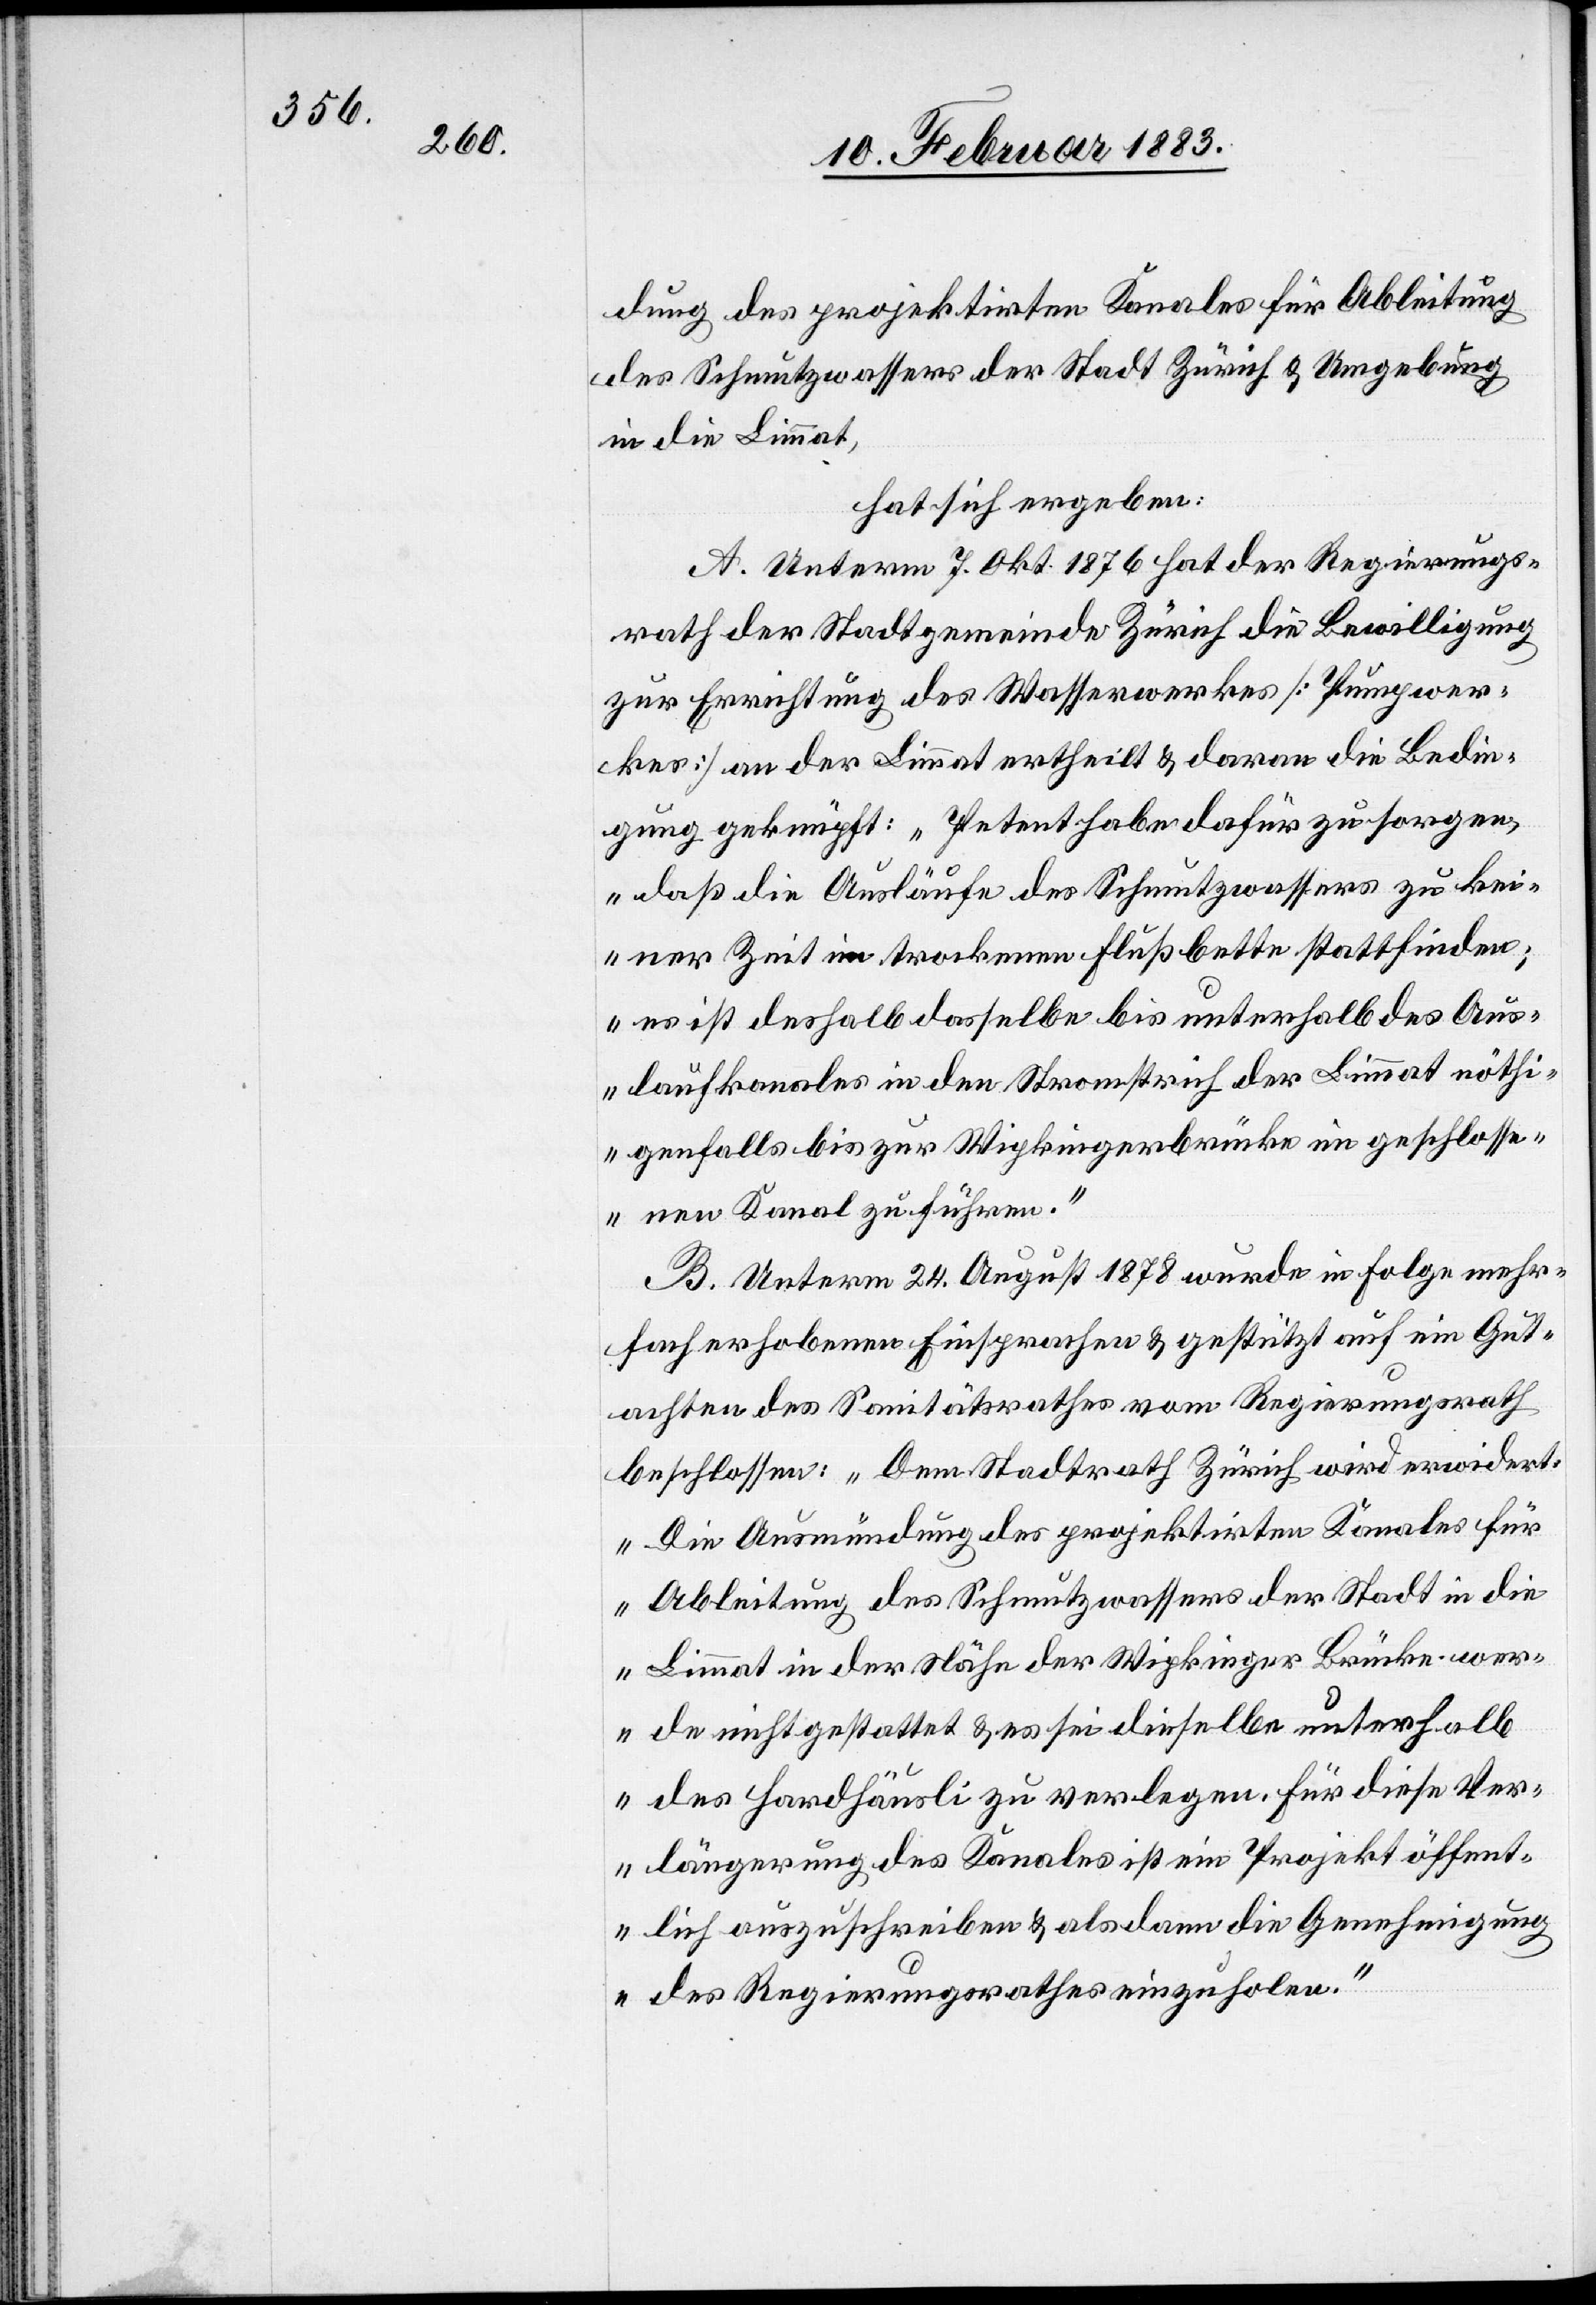
dung des projektirten Kanales für Ableitung
des Schmutzwassers der Stadt Zürich & Umgebung
in die Limmat,
hat sich ergeben:
A. Unterm 7. Okt. 1876 hat der Regierungs¬
rath der Stadtgemeinde Zürich die Bewilligung
zur Errichtung des Wasserwerkes [Pumpwer¬
kes] an der Limmat ertheilt & daran die Bedin¬
gung geknüpft: „Petent habe dafür zu sorgen,
daß die Ausläufe des Schmutzwassers zu kei¬
ner Zeit im trockenen Flußbette stattfinden;
es ist deshalb dasselbe bis unterhalb des Aus¬
laufkanales in den Stromstrich der Limmat nöthi¬
genfalls bis zur Wipkingerbrücke im geschlosse¬
nen Kanal zu führen.“
B. Unterm 24. August 1878 wurde in Folge mehr¬
fach erhobenen Einsprachen & gestützt auf ein Gut¬
achten des Sanitätsrathes vom Regierungsrath
beschlossen: „Dem Stadtrath Zürich wird erwidert:
Die Ausmündung des projektirten Kanales für
Ableitung des Schmutzwassers der Stadt in die
Limmat in der Nähe der Wipkinger Brücke wer¬
de nicht gestattet & es sei dieselbe unterhalb
des Hardhäusli zu verlegen. Für diese Ver¬
längerung des Kanales ist ein Projekt öffent¬
lich auszuschreiben & alsdann die Genehmigung
des Regierungsrathes einzuholen.